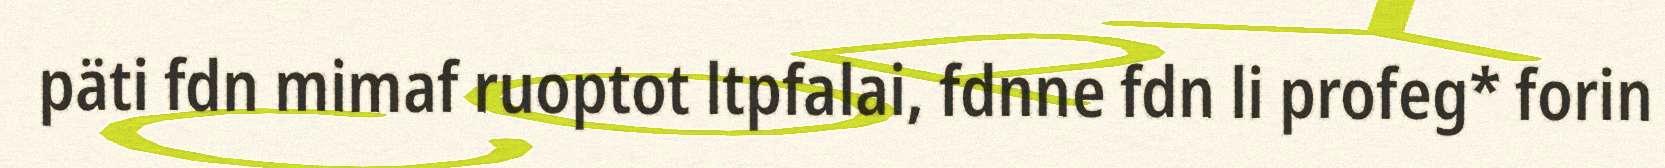
päti fdn mimaf ruoptot ltpfalai, fdnne fdn li profeg* forin